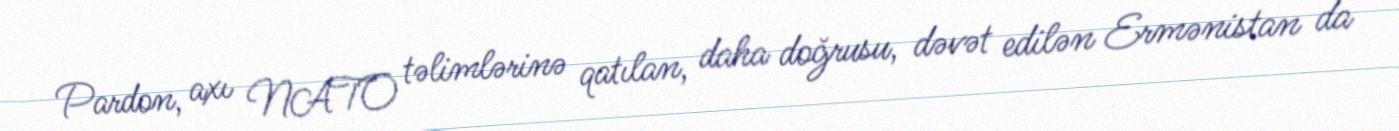
Pardon, axı NATO təlimlərinə qatılan, daha doğrusu, dəvət edilən Ermənistan da